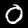
Label: 0